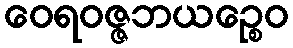
ဝေရဝဇ္ဇဘယဉ္စေဝ